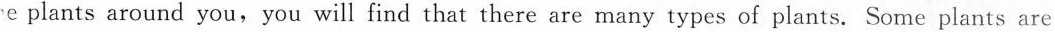
e plants around you, you will find that there are many types of plants. Some plants are